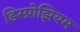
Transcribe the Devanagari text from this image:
डिस्प्रोझियम